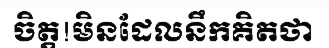
ចិត្ត!មិនដែលនឹកគិតថា